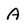
Character: A